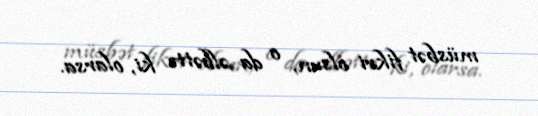
müsbət fikri olsun, o da əlbəttə ki, olarsa.